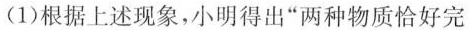
(1)根据上述现象，小明得出“两种物质恰好完